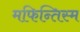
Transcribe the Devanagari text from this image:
मफिन्तिस्म